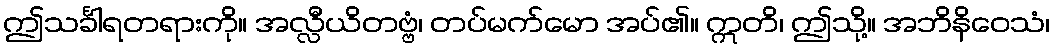
ဤသင်္ခါရတရားကို။ အလ္လီယိတဗ္ဗံ၊ တပ်မက်မော အပ်၏။ ဣတိ၊ ဤသို့။ အဘိနိဝေသံ၊